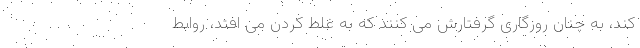
کند، به چنان روزگاری گرفتارش می کنند که به غلط کردن می افتد، روابط